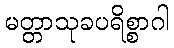
မတ္တာသုခပရိစ္စာဂါ